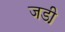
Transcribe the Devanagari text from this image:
जडी़